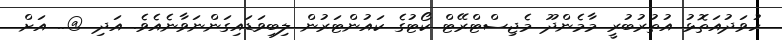
ހުވަދުއަތޮޅު އުތުރުބުރީ މާމެންދޫ މެޖިސްޓްރޭޓް ކޯޓުގެ ކައުންޓަރުން ލިބިވަޑައިގަންނަވާނެއެވެ. އަދި @.. އަށް